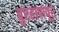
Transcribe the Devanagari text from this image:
बुरहाणपूर